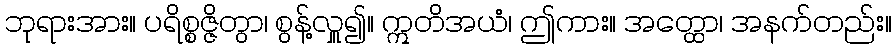
ဘုရားအား။ ပရိစ္စဇ္ဇိတွာ၊ စွန့်လှူ၍။ ဣတိအယံ၊ ဤကား။ အတ္ထော၊ အနက်တည်း။